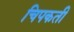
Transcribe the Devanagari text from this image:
चिपकती